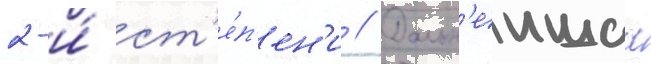
2-и́ ст'е́п'ен'и // Дальн'еишаа